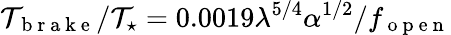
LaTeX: \mathcal{T}_{\mathrm{{~b~r~a~k~e~}}}/\mathcal{T}_{\star}=0.0019\lambda^{5/4}\alpha^{1/2}/f_{\mathrm{{~o~p~e~n~}}}